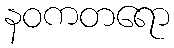
နဝကတရော